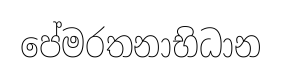
පේමරතනාභිධාන